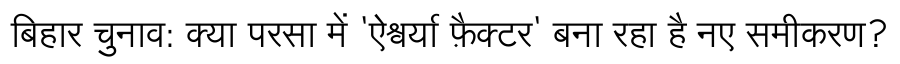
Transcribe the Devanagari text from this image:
बिहार चुनाव: क्या परसा में 'ऐश्वर्या फ़ैक्टर' बना रहा है नए समीकरण?